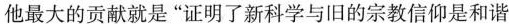
他最大的贡献就是“证明了新科学与旧的宗教信仰是和谐